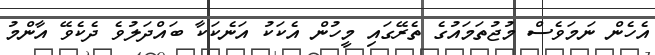
އެހެން ނަމަވެސް މުޖުތަމައުގެ ތެރޭގައި މީހުން އެކަކު އަނެކަކާ ބައްދަލުވެ ދެކެވޭ އާންމު